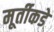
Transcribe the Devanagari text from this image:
मूर्तीकडे